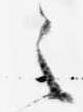
之